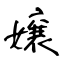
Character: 嬢